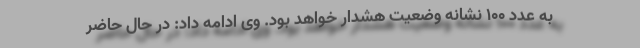
به عدد ۱۰۰ نشانه وضعیت هشدار خواهد بود. وی ادامه داد: در حال حاضر